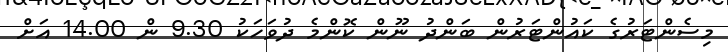
މިސެންޓަރުގެ ކައުންޓަރުން ބަންދު ނޫން ކޮންމެ ދުވަހަކު 9.30 ން 14.00 އަށް